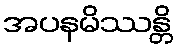
အပနမိဿန္တိ